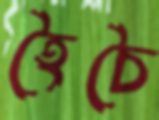
হৈচৈ